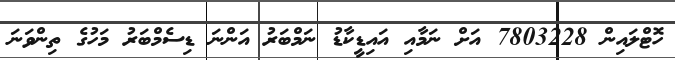
ހޮޓްލައިން 7803228 އަށް ނަމާއި އައިޑީކާޑު ނަމްބަރު އަންނަ ޑިސެމްބަރު މަހުގެ ތިންވަނަ